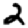
Digit: 2